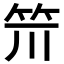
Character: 𥬂